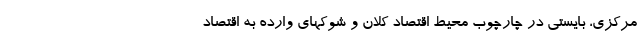
مرکزی، بایستی در چارچوب محیط اقتصاد کلان و شوکهاى وارده به اقتصاد